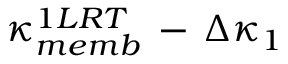
\kappa _ { m e m b } ^ { 1 L R T } \, - \, \Delta \kappa _ { 1 }